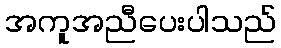
အကူအညီပေးပါသည်